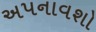
અપનાવશો